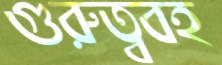
গুরুত্ববহ